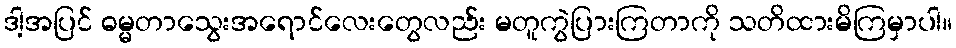
ဒါ့အပြင် ဓမ္မတာသွေးအရောင်လေးတွေလည်း မတူကွဲပြားကြတာကို သတိထားမိကြမှာပါ။